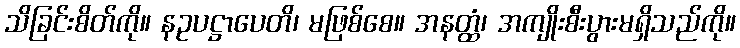
သိခြင်းစိတ်ကို။ နဥပဋ္ဌာပေတိ၊ မဖြစ်စေ။ အနတ္ထံ၊ အကျိုးစီးပွားမရှိသည်ကို။